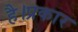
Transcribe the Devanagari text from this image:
है।प्रकार